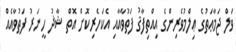
ވަލް ޖަމާޢަތުގެ ޢިލްމުވެރިންގެ އިއްތިފާޤު ފަތުވާއާއި އެކަހެރިކޮށް އޮތް ޝާޛު ހީނަރު ފަތުވާއެއް